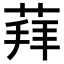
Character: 𦳞